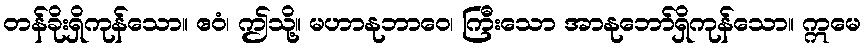
တန်ခိုးရှိကုန်သော။ ဧဝံ၊ ဤသို့။ မဟာနုဘာဝေ၊ ကြီးသော အာနုဘော်ရှိကုန်သော။ ဣမေ